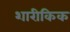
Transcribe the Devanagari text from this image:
शारीकिक